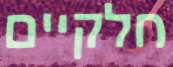
חלקיים